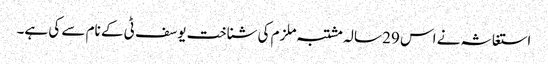
استغاثہ نے اس 29 سالہ مشتبہ ملزم کی شناخت یوسف ٹی کے نام سے کی ہے۔